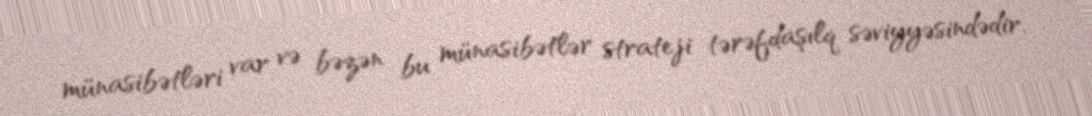
münasibətləri var və bəzən bu münasibətlər strateji tərəfdaşılq səviyyəsindədir.